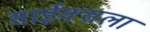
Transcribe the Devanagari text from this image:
साईक्सला